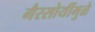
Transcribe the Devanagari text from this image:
गैरसोयींमुळे